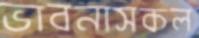
ভাবনাসকল